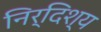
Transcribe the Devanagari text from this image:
निर्दिश्य